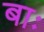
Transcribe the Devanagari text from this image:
बाः